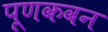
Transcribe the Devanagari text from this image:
पूणकवन